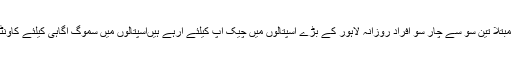
آنکھوں اور سانس کے امراض میں مبتلا تین سو سے چار سو افراد روزانہ لاہور کے بڑے اسپتالوں میں چیک اپ کیلئے آرہے ہیںاسپتالوں میں سموگ آگاہی کیلئے کاونٹرز تو موجود ہیں مگر ڈاکٹرز نہیں۔